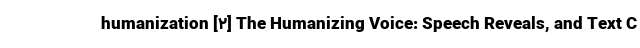
humanization [۲] The Humanizing Voice: Speech Reveals, and Text C